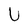
Character: U